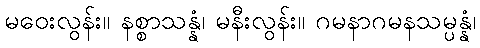
မဝေးလွန်း။ နစ္စာသန္နံ၊ မနီးလွန်း။ ဂမနာဂမနသမ္ပန္နံ၊